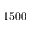
1 5 0 0